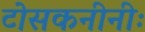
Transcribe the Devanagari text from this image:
टोसकनीनीः